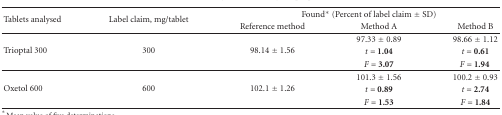
<table><thead><tr><td rowspan="2"><b>Tablets analysed</b></td><td rowspan="2"><b>Label claim, mg/tablet</b></td><td colspan="3"><b>Found* (Percent of label claim ± SD)</b></td></tr><tr><td><b>Reference method</b></td><td><b>Method A</b></td><td><b>Method B</b></td></tr></thead><tbody><tr><td rowspan="3">Trioptal 300</td><td rowspan="3">300</td><td rowspan="3">98.14 ± 1.56</td><td>97.33 ± 0.89</td><td>98.66 ± 1.12</td></tr><tr><td><i>t</i> = <b>1.04</b></td><td><i>t</i> = <b>0.61</b></td></tr><tr><td><i>F</i> = <b>3.07</b></td><td><i>F</i> = <b>1.94</b> </td></tr><tr><td rowspan="3">Oxetol 600</td><td rowspan="3">600</td><td rowspan="3">102.1 ± 1.26</td><td>101.3 ± 1.56</td><td>100.2 ± 0.93</td></tr><tr><td><i>t</i> = <b>0.89</b></td><td><i>t</i> = <b>2.74</b></td></tr><tr><td><i>F</i> = <b>1.53</b></td><td><i>F</i> = <b>1.84</b></td></tr></tbody></table>